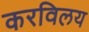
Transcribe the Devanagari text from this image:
करविलय